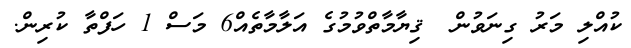
ކުއްލި މަރު ގިނަވުން  ޤިޔާމާތްވުމުގެ އަލާމާތެއް6 މަސް 1 ހަފްތާ ކުރިން.